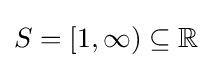
S=[1,\infty )\subseteq \mathbb {R}